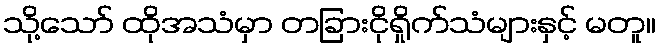
သို့သော် ထိုအသံမှာ တခြားငိုရှိုက်သံများနှင့် မတူ။